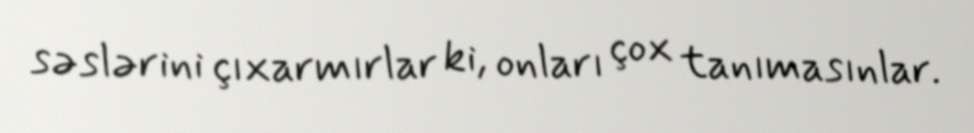
səslərini çıxarmırlar ki, onları çox tanımasınlar.